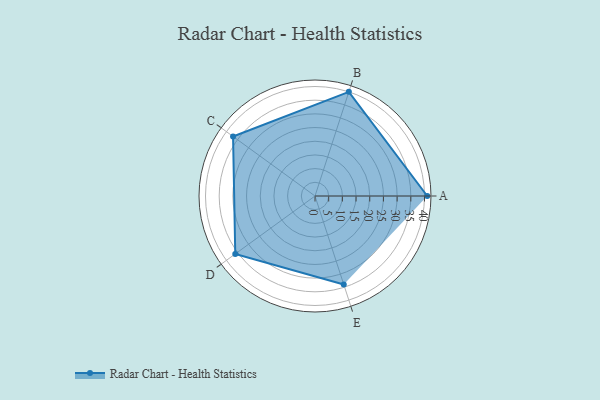
{"axis": {"x": "Skill", "y": "Score"}, "legend": ["Profile"], "data": [{"x": "A", "y": 41.0, "type": "Profile"}, {"x": "B", "y": 40.0, "type": "Profile"}, {"x": "C", "y": 37.0, "type": "Profile"}, {"x": "D", "y": 36.0, "type": "Profile"}, {"x": "E", "y": 34.0, "type": "Profile"}]}